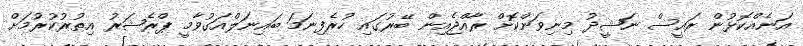
އަނެއްކޮޅުން ރައީސް ނަޝީދު މިނިވަންކޮށް ރާއްޖެއިން ބޭރުގައި ހުރެފިނަމަ ބައިނަލްއަގުވާމީ ޕްރެޝަރު އިތުރުކުރުމަށް